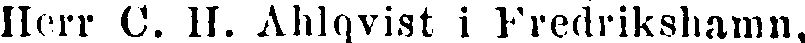
Herr C. H. Ahlqvist i Fredrikshamn,